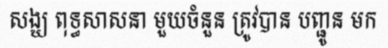
សង្ឃ ពុទ្ធសាសនា មួយចំនួន ត្រូវបាន បញ្ជូន មក